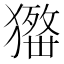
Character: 𤢋